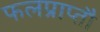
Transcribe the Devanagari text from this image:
फलप्राप्तौ